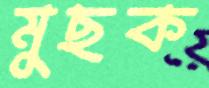
মুছক